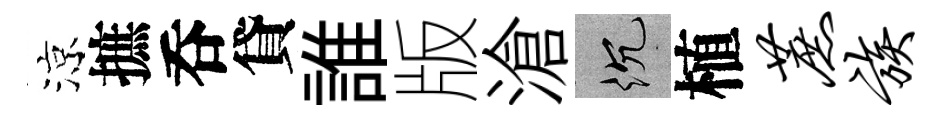
涼摭呑貸誰版滄沉植蔗族